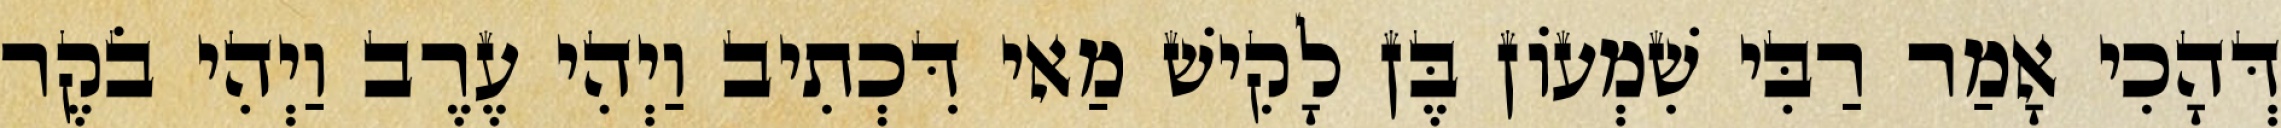
דְּהָכִי אָמַר רַבִּי שִׁמְעוֹן בֶּן לָקִישׁ מַאי דִּכְתִיב וַיְהִי עֶרֶב וַיְהִי בֹקֶר